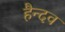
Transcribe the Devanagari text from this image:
हैन्दव